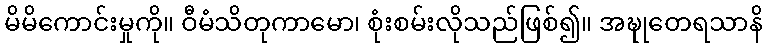
မိမိကောင်းမှုကို။ ဝီမံသိတုကာမော၊ စုံးစမ်းလိုသည်ဖြစ်၍။ အဍ္ဎုတေရသာနိ